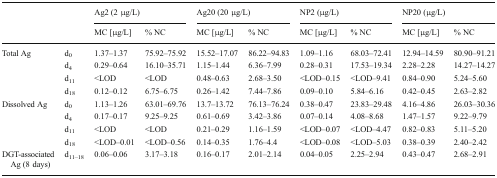
<table><thead><tr><td rowspan="2" colspan="2"></td><td colspan="2"><b>Ag2 (2 μg/L)</b></td><td colspan="2"><b>Ag20 (20 μg/L)</b></td><td colspan="2"><b>NP2 (μg/L)</b></td><td colspan="2"><b>NP20 (μg/L)</b></td></tr><tr><td><b>MC [μg/L]</b></td><td><b>% NC</b></td><td><b>MC [μg/L]</b></td><td><b>% NC</b></td><td><b>MC [μg/L]</b></td><td><b>% NC</b></td><td><b>MC [μg/L]</b></td><td><b>% NC</b></td></tr></thead><tbody><tr><td rowspan="4">Total Ag</td><td>d<sub>0</sub></td><td>1.37–1.37</td><td>75.92–75.92</td><td>15.52–17.07</td><td>86.22–94.83</td><td>1.09–1.16</td><td>68.03–72.41</td><td>12.94–14.59</td><td>80.90–91.21</td></tr><tr><td>d<sub>4</sub></td><td>0.29–0.64</td><td>16.10–35.71</td><td>1.15–1.44</td><td>6.36–7.99</td><td>0.28–0.31</td><td>17.53–19.34</td><td>2.28–2.28</td><td>14.27–14.27</td></tr><tr><td>d<sub>11</sub></td><td>&lt;LOD</td><td>&lt;LOD</td><td>0.48–0.63</td><td>2.68–3.50</td><td>&lt;LOD–0.15</td><td>&lt;LOD–9.41</td><td>0.84–0.90</td><td>5.24–5.60</td></tr><tr><td>d<sub>18</sub></td><td>0.12–0.12</td><td>6.75–6.75</td><td>0.26–1.42</td><td>7.44–7.86</td><td>0.09–0.10</td><td>5.84–6.16</td><td>0.42–0.45</td><td>2.63–2.82</td></tr><tr><td rowspan="4">Dissolved Ag</td><td>d<sub>0</sub></td><td>1.13–1.26</td><td>63.01–69.76</td><td>13.7–13.72</td><td>76.13–76.24</td><td>0.38–0.47</td><td>23.83–29.48</td><td>4.16–4.86</td><td>26.03–30.36</td></tr><tr><td>d<sub>4</sub></td><td>0.17–0.17</td><td>9.25–9.25</td><td>0.61–0.69</td><td>3.42–3.86</td><td>0.07–0.14</td><td>4.08–8.68</td><td>1.47–1.57</td><td>9.22–9.79</td></tr><tr><td>d<sub>11</sub></td><td>&lt;LOD</td><td>&lt;LOD</td><td>0.21–0.29</td><td>1.16–1.59</td><td>&lt;LOD–0.07</td><td>&lt;LOD–4.47</td><td>0.82–0.83</td><td>5.11–5.20</td></tr><tr><td>d<sub>18</sub></td><td>&lt;LOD–0.01</td><td>&lt;LOD–0.56</td><td>0.14–0.35</td><td>1.76–4.4</td><td>&lt;LOD–0.08</td><td>&lt;LOD–5.03</td><td>0.38–0.39</td><td>2.40–2.42</td></tr><tr><td>DGT-associated Ag (8 days)</td><td>d<sub>11–18</sub></td><td>0.06–0.06</td><td>3.17–3.18</td><td>0.16–0.17</td><td>2.01–2.14</td><td>0.04–0.05</td><td>2.25–2.94</td><td>0.43–0.47</td><td>2.68–2.91</td></tr></tbody></table>